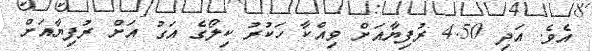
އެވެ. އަދި 4.50 ރުފިޔާއަށް ވިއްކާ ހަކުރު ކިލޯގެ އަގު އަށް ރުފިޔާއަށް